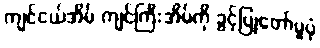
ကျင်ငယ်အိမ် ကျင်ကြီးအိမ်ကို ခွင့်ပြုတော်မူပုံ